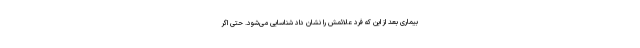
بیماری بعد از این که فرد علائمش را نشان داد شناسایی می‌شود. حتی اگر